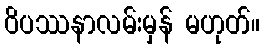
ဝိပဿနာလမ်းမှန် မဟုတ်။